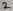
Text: 2